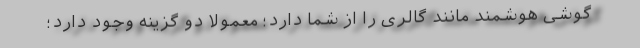
گوشی هوشمند مانند گالری را از شما دارد؛ معمولا دو گزینه وجود دارد؛